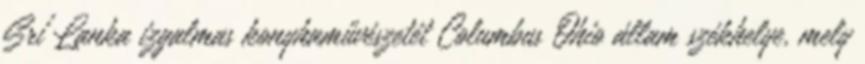
Srí Lanka izgalmas konyhaművészetét Columbus Ohio állam székhelye, mely